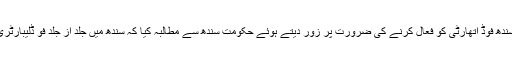
کوکب اقبال نے سندھ فوڈ اتھارٹی کو فعال کرنے کی ضرورت پر زور دیتے ہوئے حکومت سندھ سے مطالبہ کیا کہ سندھ میں جلد از جلد فو ڈلیبارٹری قائم کی جائے ۔